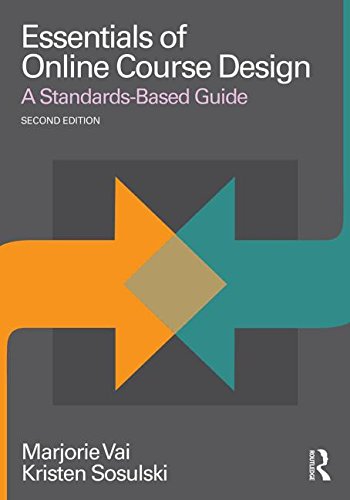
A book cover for Essentials of Online Course Design: A Standards-Based Guide (Essentials of Online Learning); Marjorie Vai; Education & Teaching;